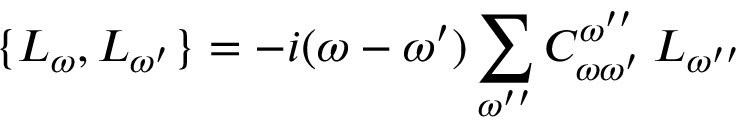
\{ L _ { \omega } , L _ { \omega ^ { \prime } } \} = - i ( \omega - \omega ^ { \prime } ) \sum _ { \omega ^ { \prime \prime } } C _ { \omega \omega ^ { \prime } } ^ { \omega ^ { \prime \prime } } \: L _ { \omega ^ { \prime \prime } }